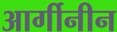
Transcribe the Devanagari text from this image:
आर्गीनीन